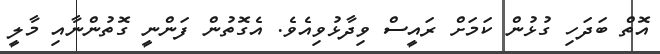
އޮތް ބަދަހި ގުޅުން ކަމަށް ރައީސް ވިދާޅުވިއެވެ. އެގޮތުން ފަންނީ ގޮތުންނާއި މާލީ